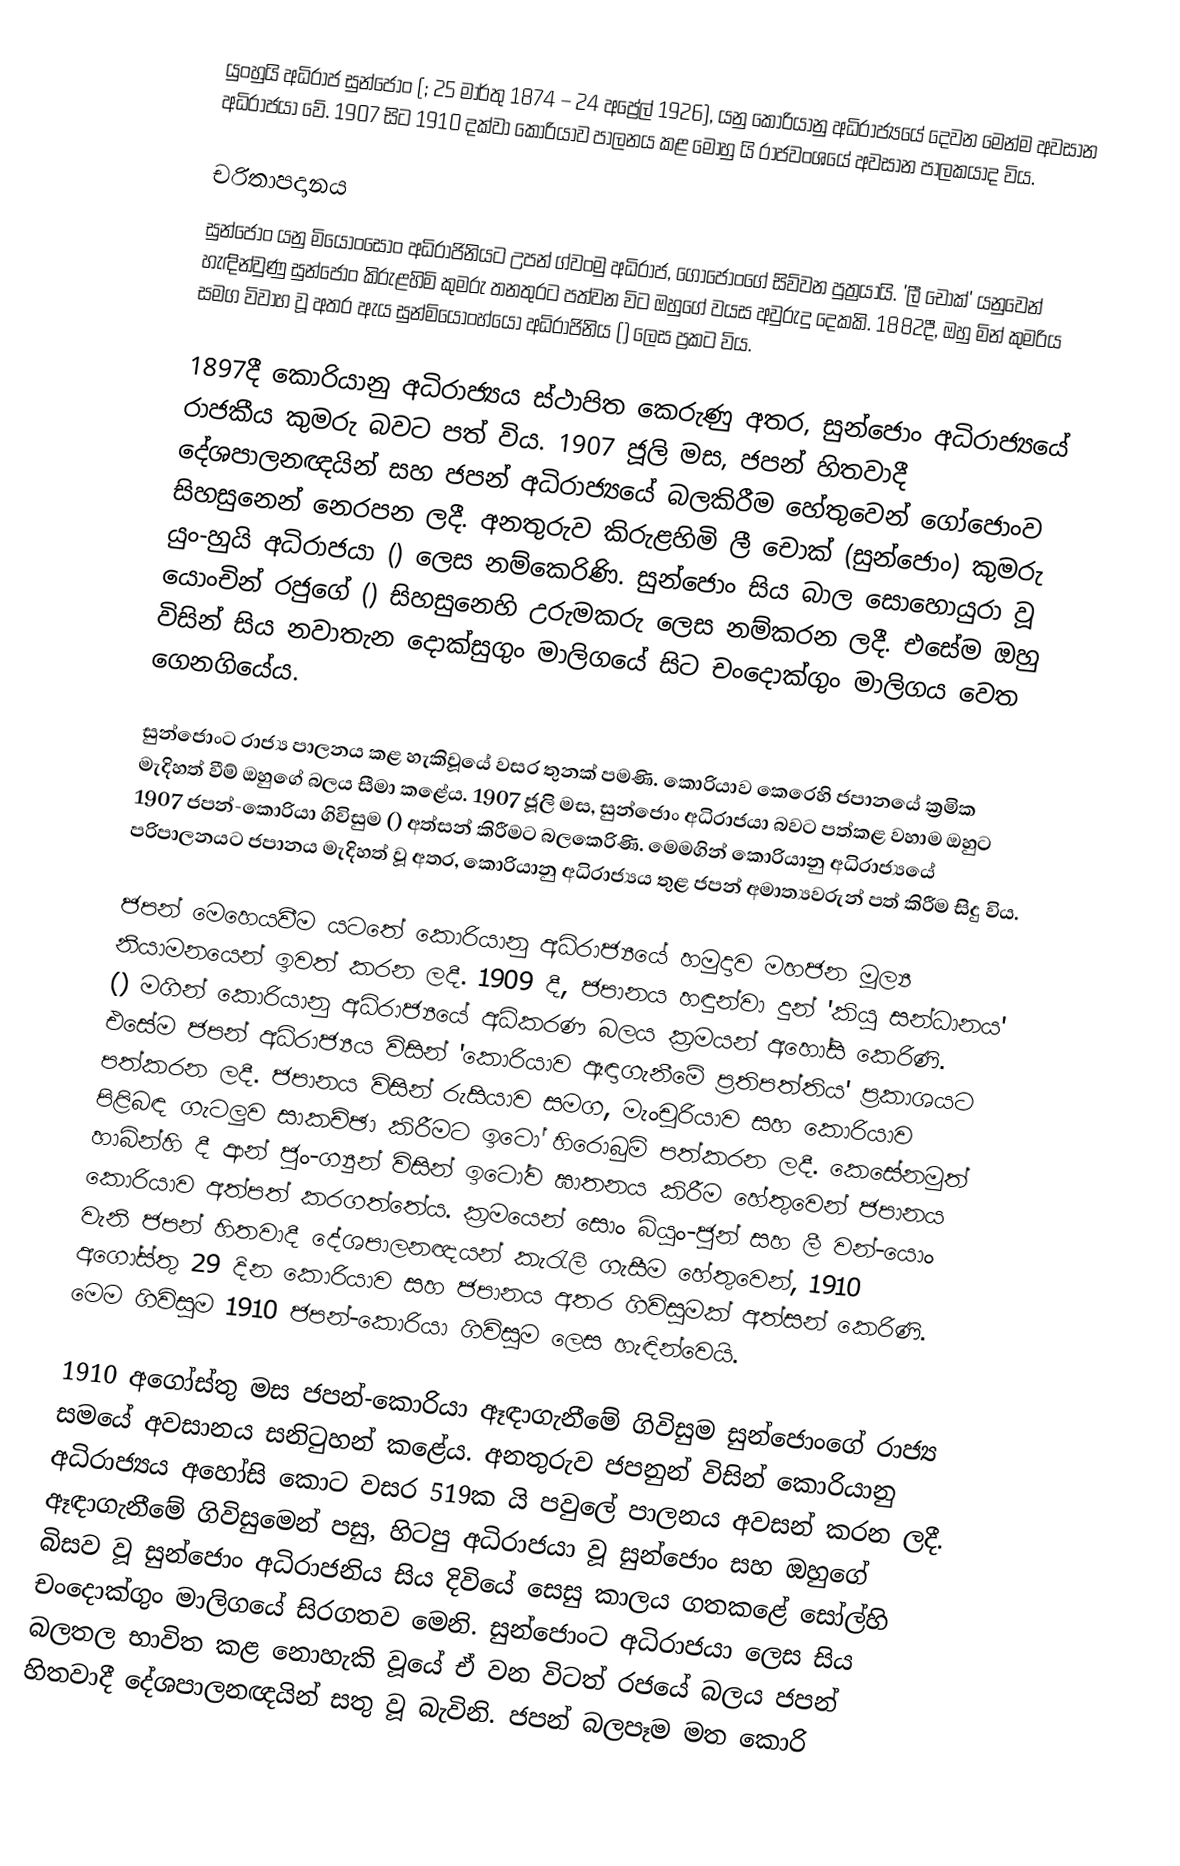
යුංහුයි අධිරාජ සුන්ජොං (; 25 මාර්තු 1874 – 24 අ‍ප්‍රේල් 1926), යනු කොරියානු අධිරාජ්‍යයේ දෙවන මෙන්ම අවසාන අධිරාජයා වේ. 1907 සිට 1910 දක්වා කොරියාව පාලනය කළ මොහු යි රාජවංශයේ අවසාන පාලකයාද විය.

චරිතාපදානය
සුන්ජොං යනු මියොංසොං අධිරාජිනියට උපන් ග්වංමු අධිරාජ, ගෝජොංගේ සිව්වන පුත්‍රයායි. 'ලී චොක්' යනුවෙන් හැඳින්වුණු සුන්ජොං කිරුළහිමි කුමරු තනතුරට පත්වන විට ඔහුගේ වයස අවුරුදු දෙකකි. 1882දී, ඔහු මින් කුමරිය සමග විවාහ වූ අතර ඇය සුන්මියොංහ්යෝ අධිරාජිනිය () ලෙස ප්‍රකට විය.

1897දී කොරියානු අධිරාජ්‍යය ස්ථාපිත කෙරුණු අතර, සුන්ජොං අධිරාජ්‍යයේ රාජකීය කුමරු බවට පත් විය. 1907 ජූලි මස, ජපන් හිතවාදී දේශපාලනඥයින් සහ ජපන් අධිරාජ්‍යයේ බලකිරීම හේතුවෙන් ගෝජොංව සිහසුනෙන් නෙරපන ලදී. අනතුරුව කිරුළහිමි ලී චොක් (සුන්ජොං) කුමරු යුං-හුයි අධිරාජයා () ලෙස නම්කෙරිණි. සුන්ජොං සිය බාල සොහොයුරා වූ යොංචින් රජුගේ () සිහසුනෙහි උරුමකරු ලෙස නම්කරන ලදී. එසේම ඔහු විසින් සිය නවාතැන දොක්සුගුං මාලිගයේ සිට චංදොක්ගුං මාලිගය වෙත ගෙනගියේය.

සුන්ජොංට රාජ්‍ය පාලනය කළ හැකිවූයේ වසර තුනක් පමණි. කොරියාව කෙරෙහි ජපානයේ ක්‍රමික මැදිහත් වීම් ඔහුගේ බලය සීමා කළේය. 1907 ජූලි මස, සුන්ජොං අධිරාජයා බවට පත්කළ වහාම ඔහුට 1907 ජපන්-කොරියා ගිවිසුම () අත්සන් කිරීමට බලකෙරිණි. මෙමගින් කොරියානු අධිරාජ්‍යයේ පරිපාලනයට ජපානය මැදිහත් වූ අතර, කොරියානු අධිරාජ්‍යය තුළ ජපන් අමාත්‍යවරුන් පත් කිරීම සිදු විය.

ජපන් මෙහෙයවීම යටතේ කොරියානු අධිරාජ්‍යයේ හමුදාව මහජන මූල්‍ය නියාමනයෙන් ඉවත් කරන ලදී. 1909 දී, ජපානය හඳුන්වා දුන් 'කියු සන්ධානය' () මගින් කොරියානු අධිරාජ්‍යයේ අධිකරණ බලය ක්‍රමයන් අහෝසි කෙරිණි. එසේම ජපන් අධිරාජ්‍යය විසින් 'කොරියාව ඈඳාගැනීමේ ප්‍රතිපත්තිය' ප්‍රකාශයට පත්කරන ලදී. ජපානය විසින් රුසියාව සමග, මැංචූරියාව සහ කොරියාව පිළිබඳ ගැටලුව සාකච්ඡා කිරීමට ඉටෝ හිරොබුමි පත්කරන ලදී. කෙසේනමුත් හාබින්හි දී ආන් ජුං-ග්‍යුන් විසින් ඉටෝව ඝාතනය කිරීම හේතුවෙන් ජපානය කොරියාව අත්පත් කරගත්තේය. ක්‍රමයෙන් සොං බ්යුං-ජුන් සහ ලී වන්-යොං වැනි ජපන් හිතවාදී දේශපාලනඥයන් කැරැලි ගැසීම හේතුවෙන්, 1910 අගෝස්තු 29 දින කොරියාව සහ ජපානය අතර ගිවිසුමක් අත්සන් කෙරිණි. මෙම ගිවිසුම 1910 ජපන්-කොරියා ගිවිසුම ලෙස හැඳින්වෙයි.

1910 අගෝස්තු මස ජපන්-කොරියා ඈඳාගැනීමේ ගිවිසුම සුන්ජොංගේ රාජ්‍ය සමයේ අවසානය සනිටුහන් කළේය. අනතුරුව ජපනුන් විසින් කොරියානු අධිරාජ්‍යය අහෝසි කොට වසර 519ක යි පවුලේ පාලනය අවසන් ‍කරන ලදී. ඈඳාගැනීමේ ගිවිසුමෙන් පසු, හිටපු අධිරාජයා වූ සුන්ජොං සහ ඔහුගේ බිසව වූ සුන්ජොං අධිරාජනිය සිය දිවියේ සෙසු කාලය ගතකළේ සෝල්හි චංදොක්ගුං මාලිගයේ සිරගතව මෙනි. සුන්ජොංට අධිරාජයා ලෙස සිය බලතල භාවිත කළ නොහැකි වූයේ ඒ වන විටත් රජයේ බලය ජපන් හිතවාදී දේශපාලනඥයින් සතු වූ බැවිනි. ජපන් බලපෑම මත කොරි